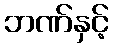
ဘဏ်နှင့်